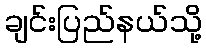
ချင်းပြည်နယ်သို့